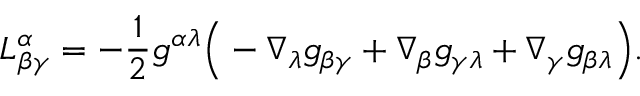
L _ { \beta \gamma } ^ { \alpha } = - \frac { 1 } { 2 } g ^ { \alpha \lambda } \Big ( - \nabla _ { \lambda } g _ { \beta \gamma } + \nabla _ { \beta } g _ { \gamma \lambda } + \nabla _ { \gamma } g _ { \beta \lambda } \Big ) .